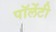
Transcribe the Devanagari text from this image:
पॉलेंटी